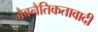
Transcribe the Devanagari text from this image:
जैवनैतिकतावादी